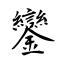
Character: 鑾